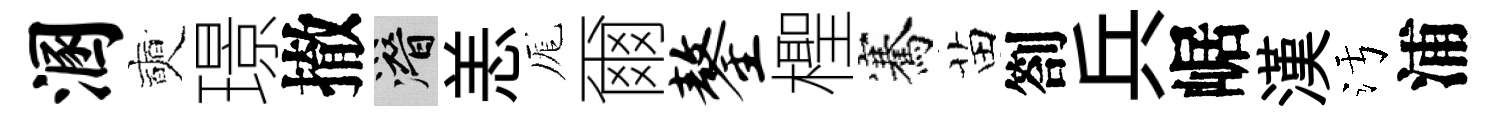
溷奭璟撤潜恙厖爾鏊檉騫苗劄兵崌漢污浦